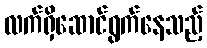
လက်ရှိဆောင်ရွက်နေသည့်